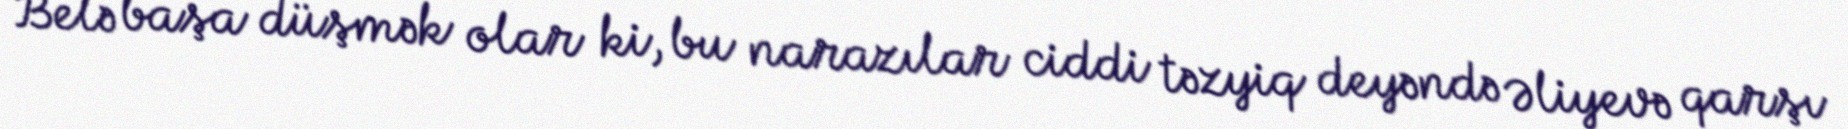
Belə başa düşmək olar ki, bu narazılar ciddi təzyiq deyəndə Əliyevə qarşı